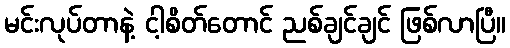
မင်းလုပ်တာနဲ့ ငါ့စိတ်တောင် ညစ်ချင်ချင် ဖြစ်လာပြီ။